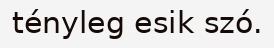
tényleg esik szó.